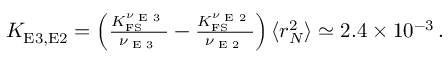
\begin{array} { r } { \! \! K _ { \mathrm { { E 3 , E 2 } } } = \left( \frac { K _ { \mathrm { F S } } ^ { \nu _ { \textrm { E 3 } } } } { \nu _ { \textrm { E 3 } } } - \frac { K _ { \mathrm { F S } } ^ { \nu _ { \textrm { E 2 } } } } { \nu _ { \textrm { E 2 } } } \right) \langle r _ { N } ^ { 2 } \rangle \simeq 2 . 4 \times 1 0 ^ { - 3 } \, . } \end{array}